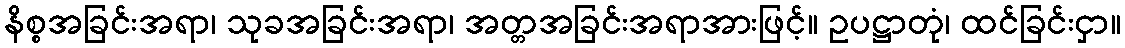
နိစ္စအခြင်းအရာ၊ သုခအခြင်းအရာ၊ အတ္တအခြင်းအရာအားဖြင့်။ ဥပဋ္ဌာတုံ၊ ထင်ခြင်းငှာ။